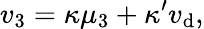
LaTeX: v_{3}=\kappa\mu_{3}+\kappa^{\prime}v_{\mathrm{d}},